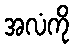
အလံကို